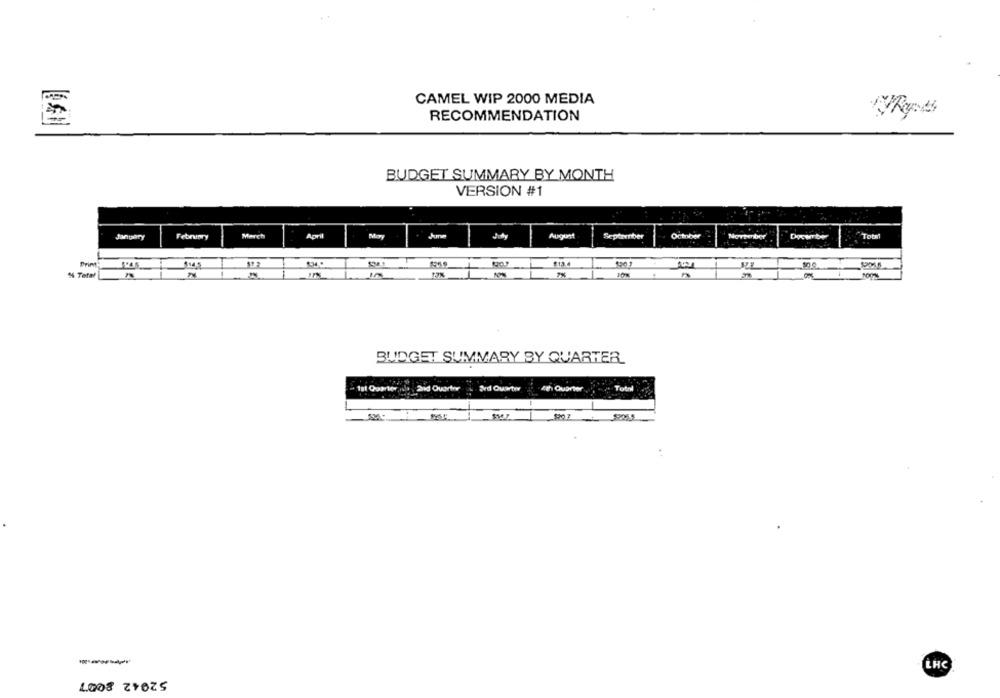
CAMEL WIP 2000 MEDIA
RECOMMENDATION
Roots
BUDGET SUMMARY BY MONTH
VERSION #1
January
February
March
April
August
September
October
Norteber
Docenter
Prim
11.2
% Total
BUDGET SUMMARY BY QUARTER
- 1st Quarter,ide , and Quarter
Sed Quarter
4th Quarter
52042 8007